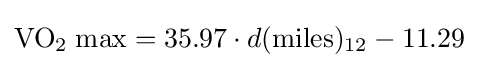
\mathrm {VO_{2}\;max} ={35.97\cdot d({\text{miles}})_{12}-11.29}